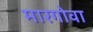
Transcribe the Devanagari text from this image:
मारगोवा